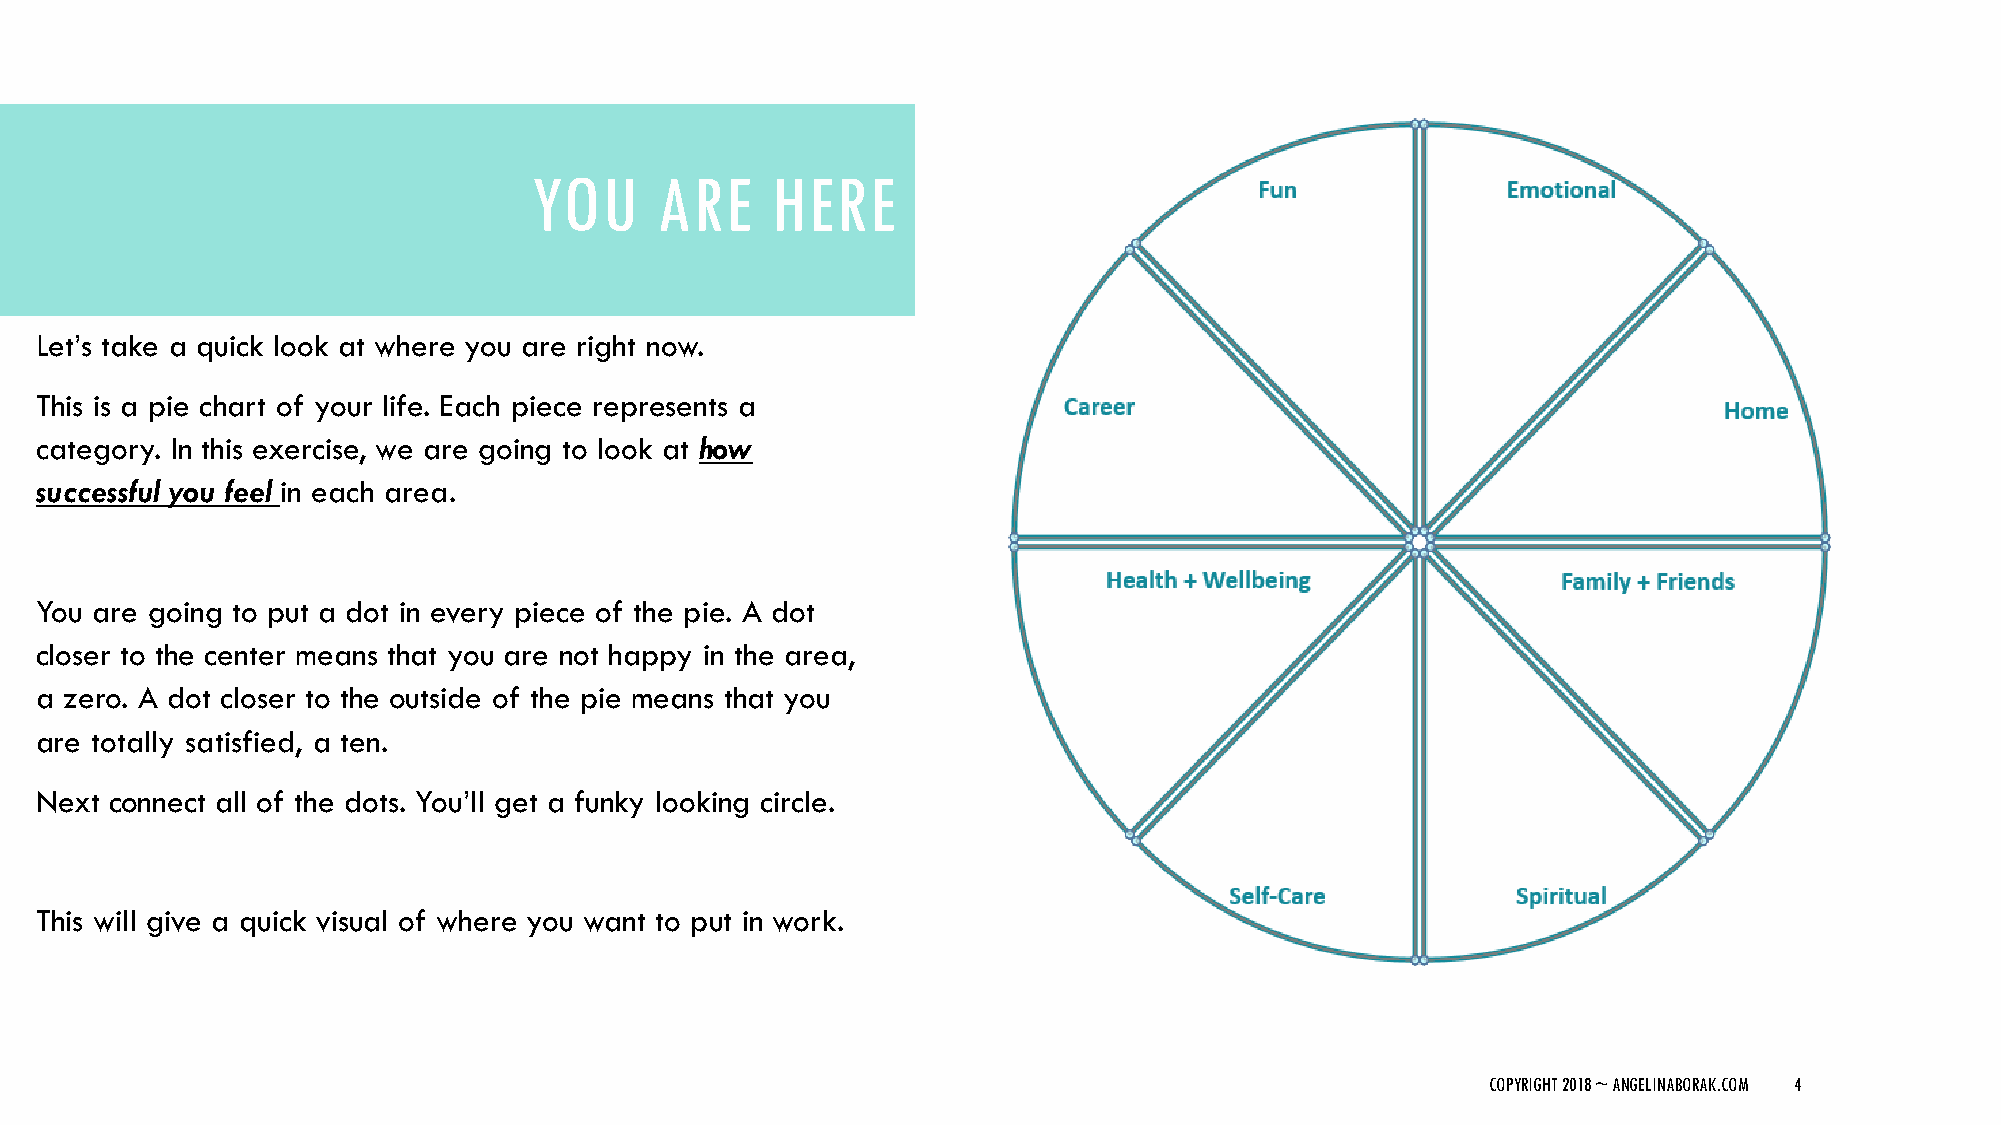
YOU     ARE     HERE
 Let’s take a quick look at where you are right now.
 This is a pie chart of your life. Each piece represents a
 category. In this exercise, we are going to look at how
 successful you feel in each area.
 You are going to put a dot in every piece of the pie. A dot
 closer to the center means that you are not happy in the area,
 a zero. A dot closer to the outside of the pie means that you
 are totally satisfied, a ten.
 Next connect all of the dots. You’ll get a funky looking circle.
 This will give a quick visual of where you want to put in work.
 COPYRIGHT 2018 ~ ANGELINABORAK.COM 4